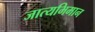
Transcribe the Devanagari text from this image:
जात्यभिमान